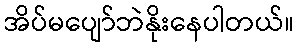
အိပ်မပျော်ဘဲနိုးနေပါတယ်။